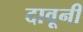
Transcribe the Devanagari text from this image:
दावूनी